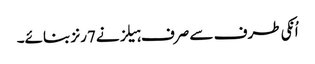
اُنکی طرف سے صرف ہیلز نے7رنز بنائے۔